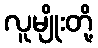
လူမျိုးတို့